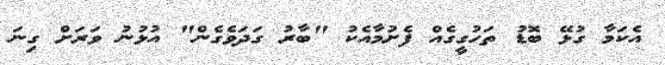
އެކަމާ ގުޅޭ ބޮޑު ތަހުގީގެއް ފެށުމާއެކު "ބާރު ގަދަވެގެން" އުޅުނު ވަރަށް ގިނަ